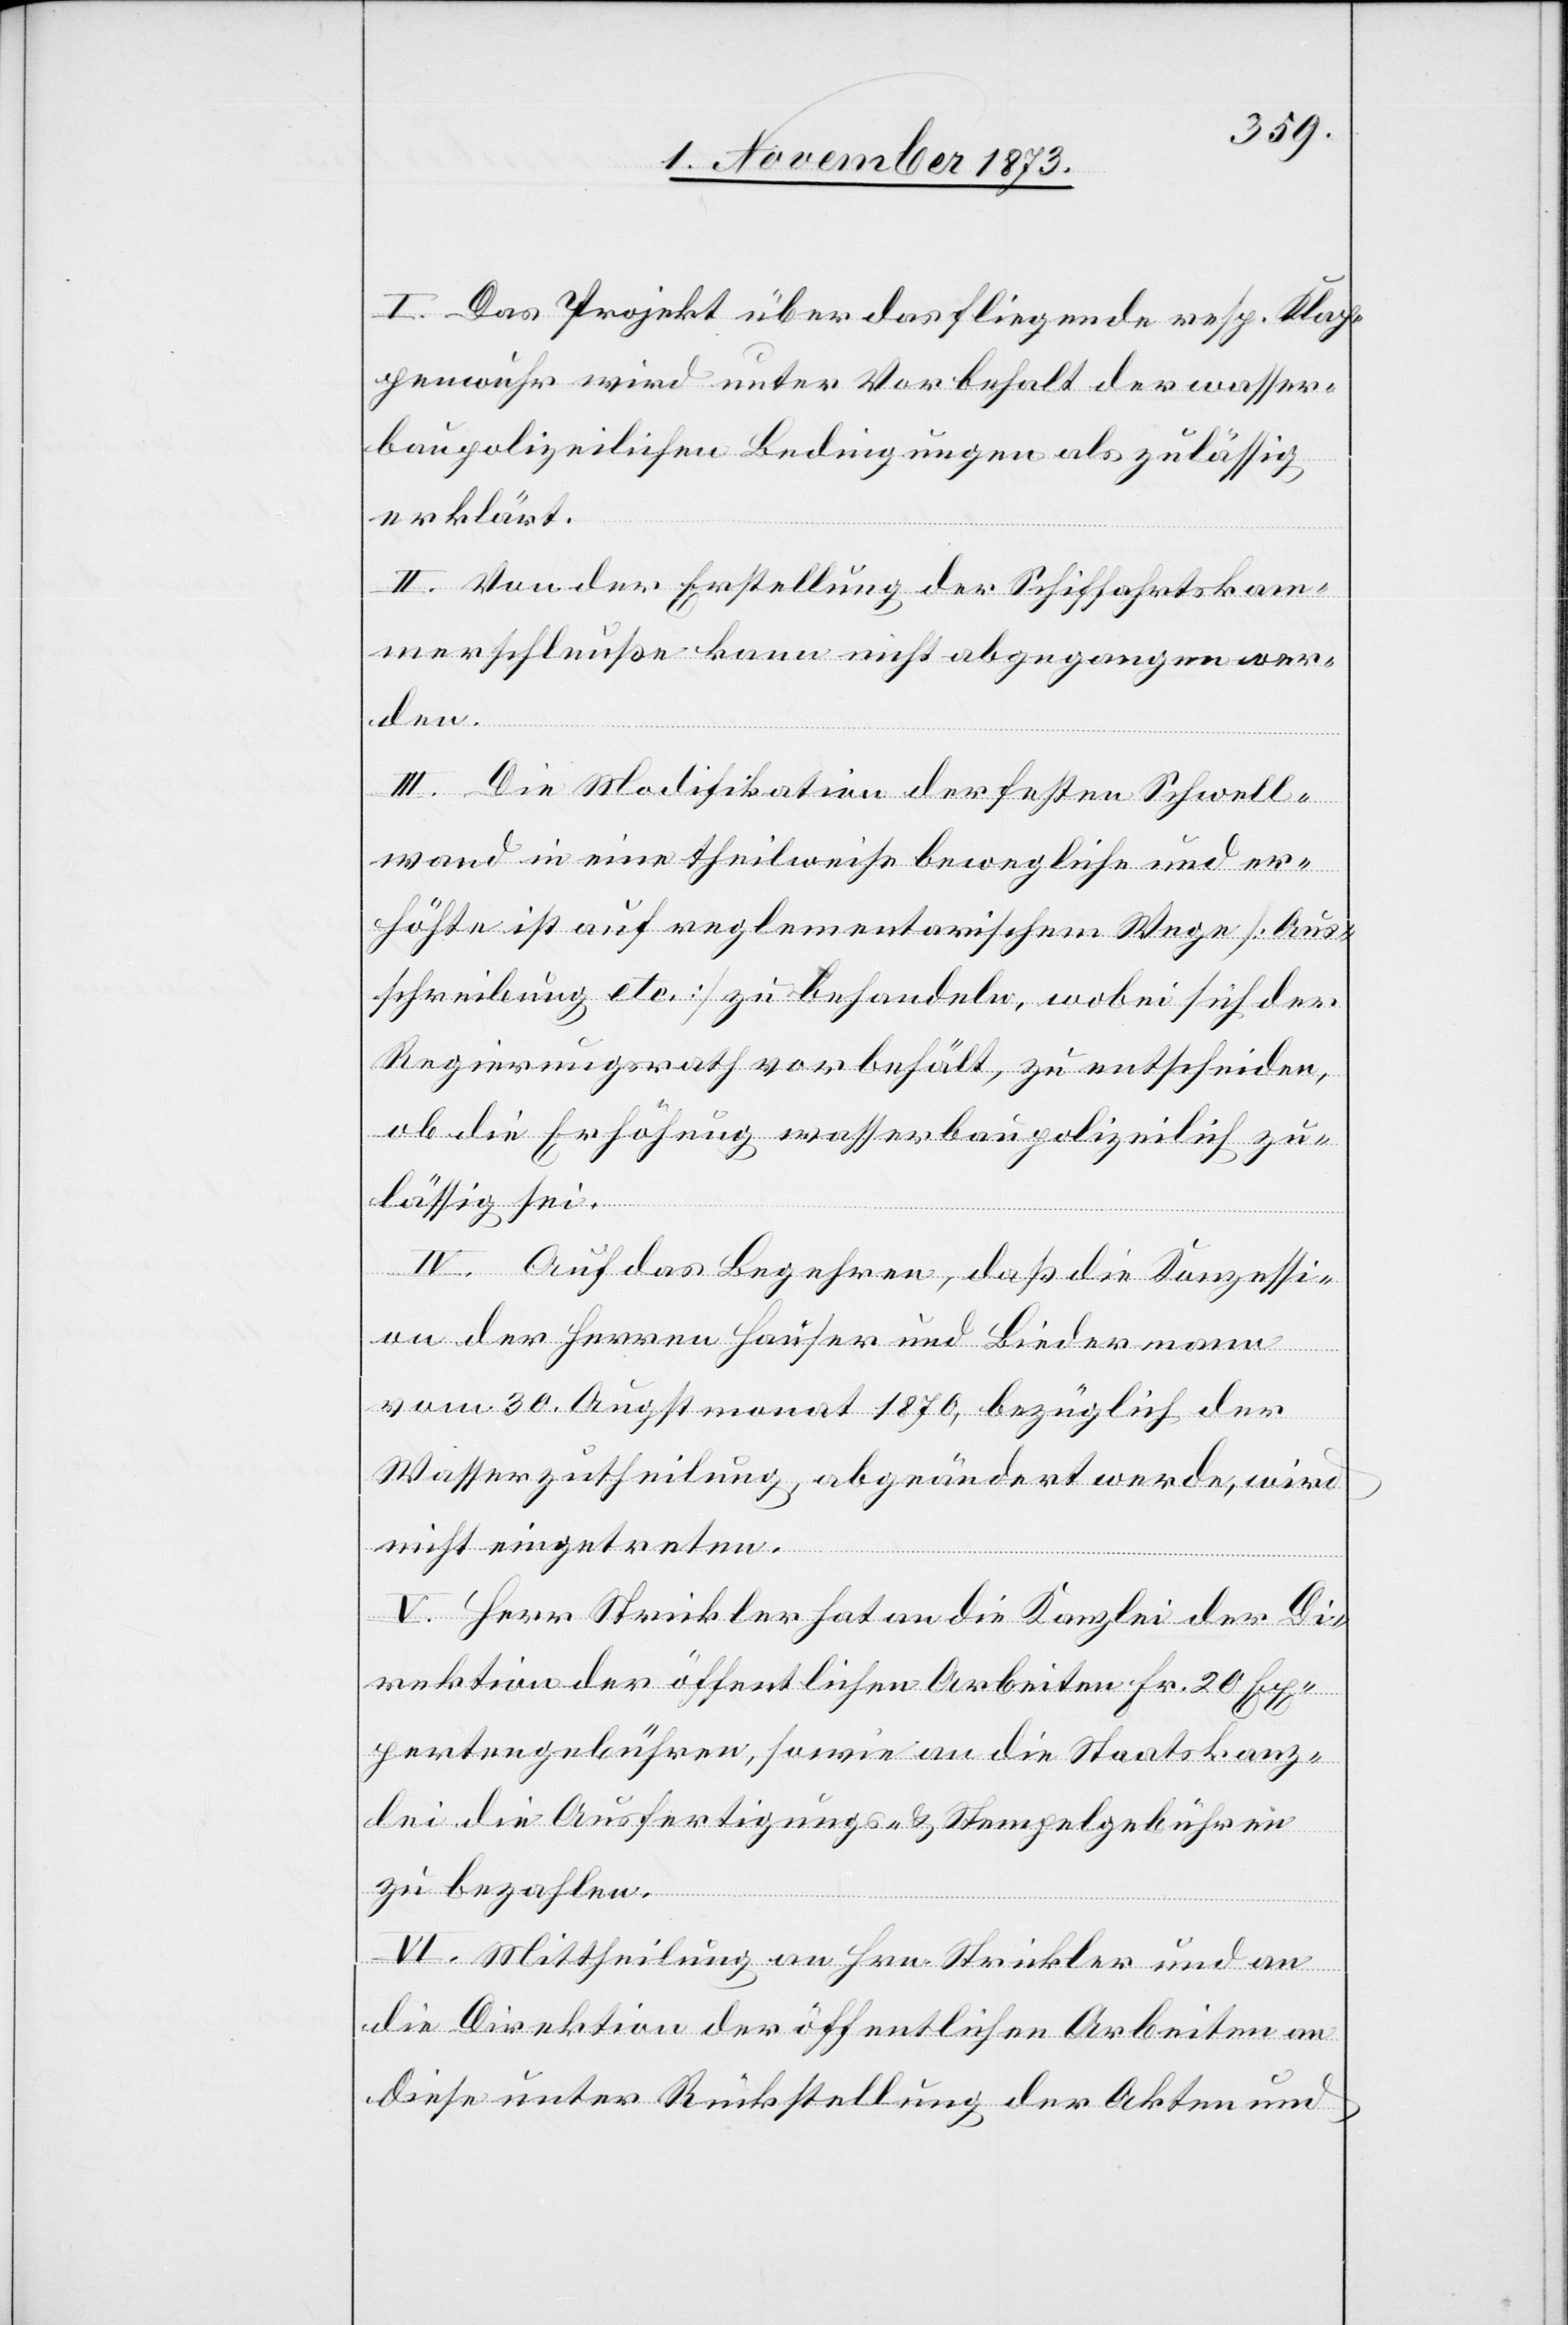
I. Das Projekt über das fliegende resp. Klap¬
penwuhr wird unter Vorbehalt der wasser¬
baupolizeilichen Bedingungen als zulässig
erklärt.
II. Von der Erstellung der Schiffahrtskam¬
merschleuße kann nicht abgegangen wer¬
den.
III. Die Modifikation der festen Schwell¬
wand in eine theilweise bewegliche und er¬
höhte ist auf reglementarischem Wege [Aus¬
schreibung etc.] zu behandeln, wobei sich der
Regierungsrath vorbehält, zu entscheiden,
ob die Erhöhung wasserbaupolizeilich zu¬
lässig sei.
IV. Auf das Begehren, daß die Konzessi¬
on der Herren Hauser und Biedermann
vom 30. Augstmonat 1870, bezüglich der
Wasserzutheilung, abgeändert werde, wird
nicht eingetreten.
V. Herr Strickler hat an die Kanzlei der Di¬
rektion der öffentlichen Arbeiten Fr. 20 Ex¬
pertengebühren, sowie an die Staatskanz¬
lei die Ausfertigungs- & Stempelgebühren
zu bezahlen.
VI. Mittheilung an Hrn. Strickler und an
die Direktion der öffentlichen Arbeiten an
diese unter Rückstellung der Akten und